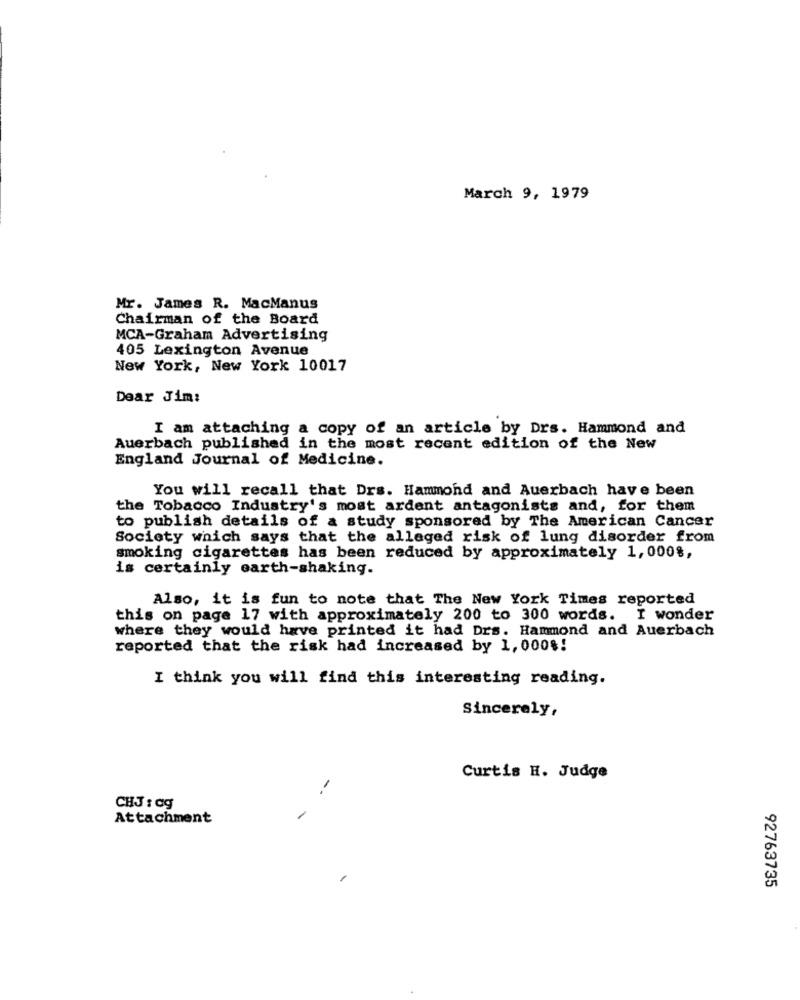
March 9, 1979
Mr. James R. MacManus
Chairman of the Board
MCA-Graham Advertising
405 Lexington Avenue
New York, New York 10017
Dear Jim:
I am attaching a copy of an article by Drs. Hammond and
Auerbach published in the most recent edition of the New
England Journal of Medicine.
You will recall that Drs. Hammond and Auerbach have been
the Tobacco Industry's most ardent antagonists and, for them
to publish details of a study sponsored by The American Cancer
Society which says that the alleged risk of lung disorder from
smoking cigarettes has been reduced by approximately 1,000%,
is certainly earth-shaking.
Also, it is fun to note that The New York Times reported
this on page 17 with approximately 200 to 300 words. I wonder
where they would have printed it had Drs. Hammond and Auerbach
reported that the risk had increased by 1,000%!
I think you will find this interesting reading.
Sincerely,
Curtis H. Judge
--
CHJ : ag
-
Attachment
92763735